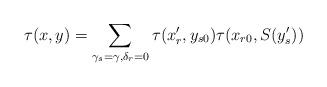
LaTeX: \begin{align*}\tau(x,y)=\sum_{\gamma_s=\gamma, \delta_r=0}\tau(x'_r,y_{s0})\tau(x_{r0},S(y'_s))\end{align*}